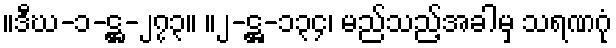
။ဒီဃ-၁-ဋ္ဌ-၂၇၃။ ။၂-ဋ္ဌ-၁၃၄၊ မည်သည့်အခါမှ သရဏဂုံ